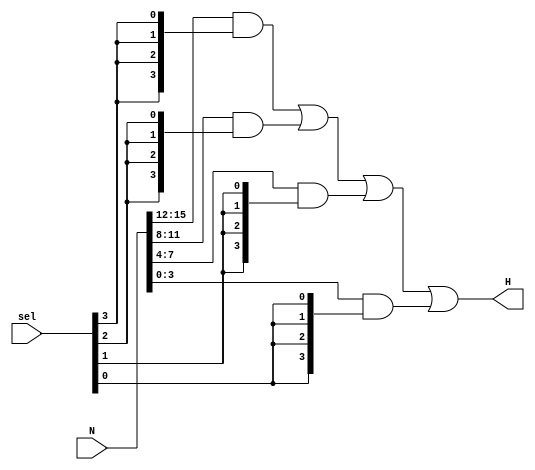
`timescale 1ns / 1ps
//////////////////////////////////////////////////////////////////////////////////
// Company: 
// Engineer: 
// 
// Design Name: 
// Module Name: selector
// Project Name: 
// Target Devices: 
// Tool Versions: 
// Description: 
// 
// Dependencies: 
// 
// Revision:
// Revision 0.01 - File Created
// Additional Comments:
// 
//////////////////////////////////////////////////////////////////////////////////


module selector(
    input [3:0] sel,
    input [15:0] N,
    output [3:0] H
    );
    wire t0,t1,t2,t3;

    assign H = N[15:12] & {4{sel[3]}} | N[11:8] & {4{sel[2]}} | N[7:4] & {4{sel[1]}} | N[3:0] & {4{sel[0]}};
    
endmodule